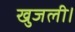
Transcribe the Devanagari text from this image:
खुजली।